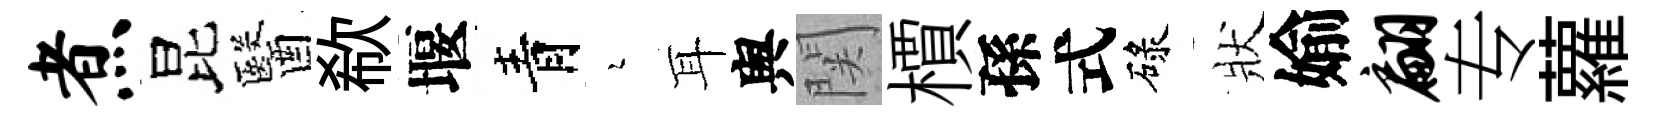
煮昆醫欷堰青瑟耳舆関檟孫式碌狀媮翩专蘿